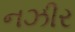
નઝીર